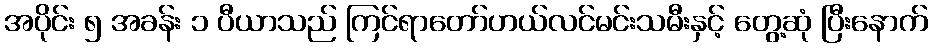
အပိုင်း ၅ အခန်း ၁ ပီယာသည် ကြင်ရာတော်ဟယ်လင်မင်းသမီးနှင့် တွေ့ဆုံ ပြီးနောက်